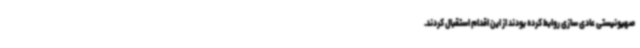
صهیونیستی عادی سازی روابط کرده بودند از این اقدام استقبال کردند.